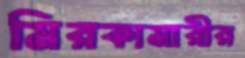
মিরকামারীর